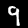
Label: 9